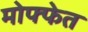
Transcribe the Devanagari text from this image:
मोफ्फेत